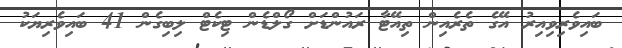
ބައިވެރިވިއިރު އޭގެ ތެރެއިން ތިއޭޓާ ރައުންޑަށް ގޯލްޑެން ޓިކެޓް ލިބިގެން 41 ބައިވެރިޔަކު